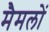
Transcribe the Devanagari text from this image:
मैमलों